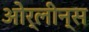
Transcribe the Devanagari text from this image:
ओर्लीन्स